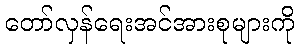
တော်လှန်ရေးအင်အားစုများကို